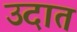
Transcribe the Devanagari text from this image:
उदात